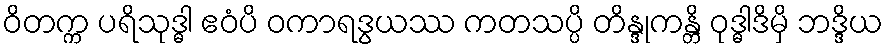
ဝိတက္က ပရိသုဒ္ဓါ ဧဝံပိ ဝကာရဒွယဿ ကတသပ္ပိ တိန္ဒုကန္တိ ဝုဒ္ဓါဒိမှိ ဘဒ္ဒိယ